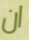
ان